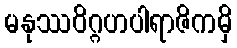
မနုဿဝိဂ္ဂဟပါရာဇိကမှိ